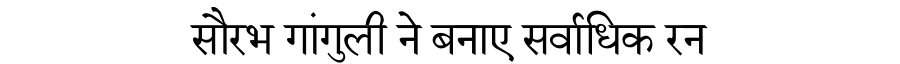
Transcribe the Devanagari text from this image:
सौरभ गांगुली ने बनाए सर्वाधिक रन